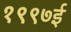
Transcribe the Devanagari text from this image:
१९९७ई